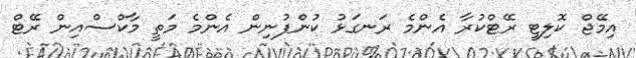
އިމޭޖް ކޮލިޓީ ރޭޓްކުރާ އެންމެ ރަނގަޅު ކުންފުނިން އެންމެ މަތީ މާކްސްއިން ރޭޓް